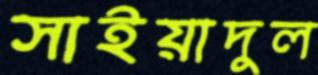
সাইয়াদুল